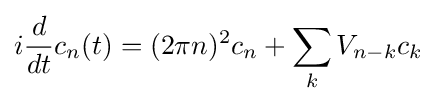
i{\frac {d}{dt}}c_{n}(t)=(2\pi n)^{2}c_{n}+\sum _{k}V_{n-k}c_{k}